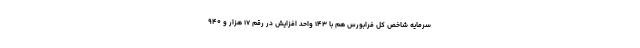
سرمایه شاخص کل فرابورس هم با ۱۴۳ واحد افزایش در رقم ۱۷ هزار و ۹۴۰